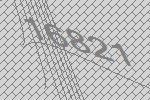
16821